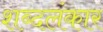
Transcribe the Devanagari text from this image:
शब्दलंकार